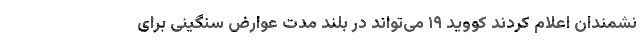
نشمندان اعلام کردند کووید ۱۹ می‌تواند در بلند مدت عوارض سنگینی برای